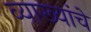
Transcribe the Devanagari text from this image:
व्याख्यांचे